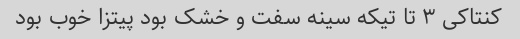
کنتاکی ٣ تا تیکه سینه سفت و خشک بود پیتزا خوب بود